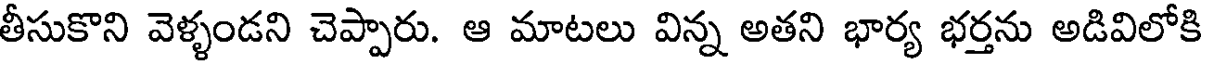
తీసుకొని వెళ్ళండని చెప్పారు. ఆ మాటలు విన్న అతని భార్య భర్తను అడివిలోకి